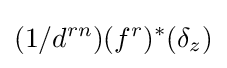
(1/d^{rn})(f^{r})^{*}(\delta _{z})